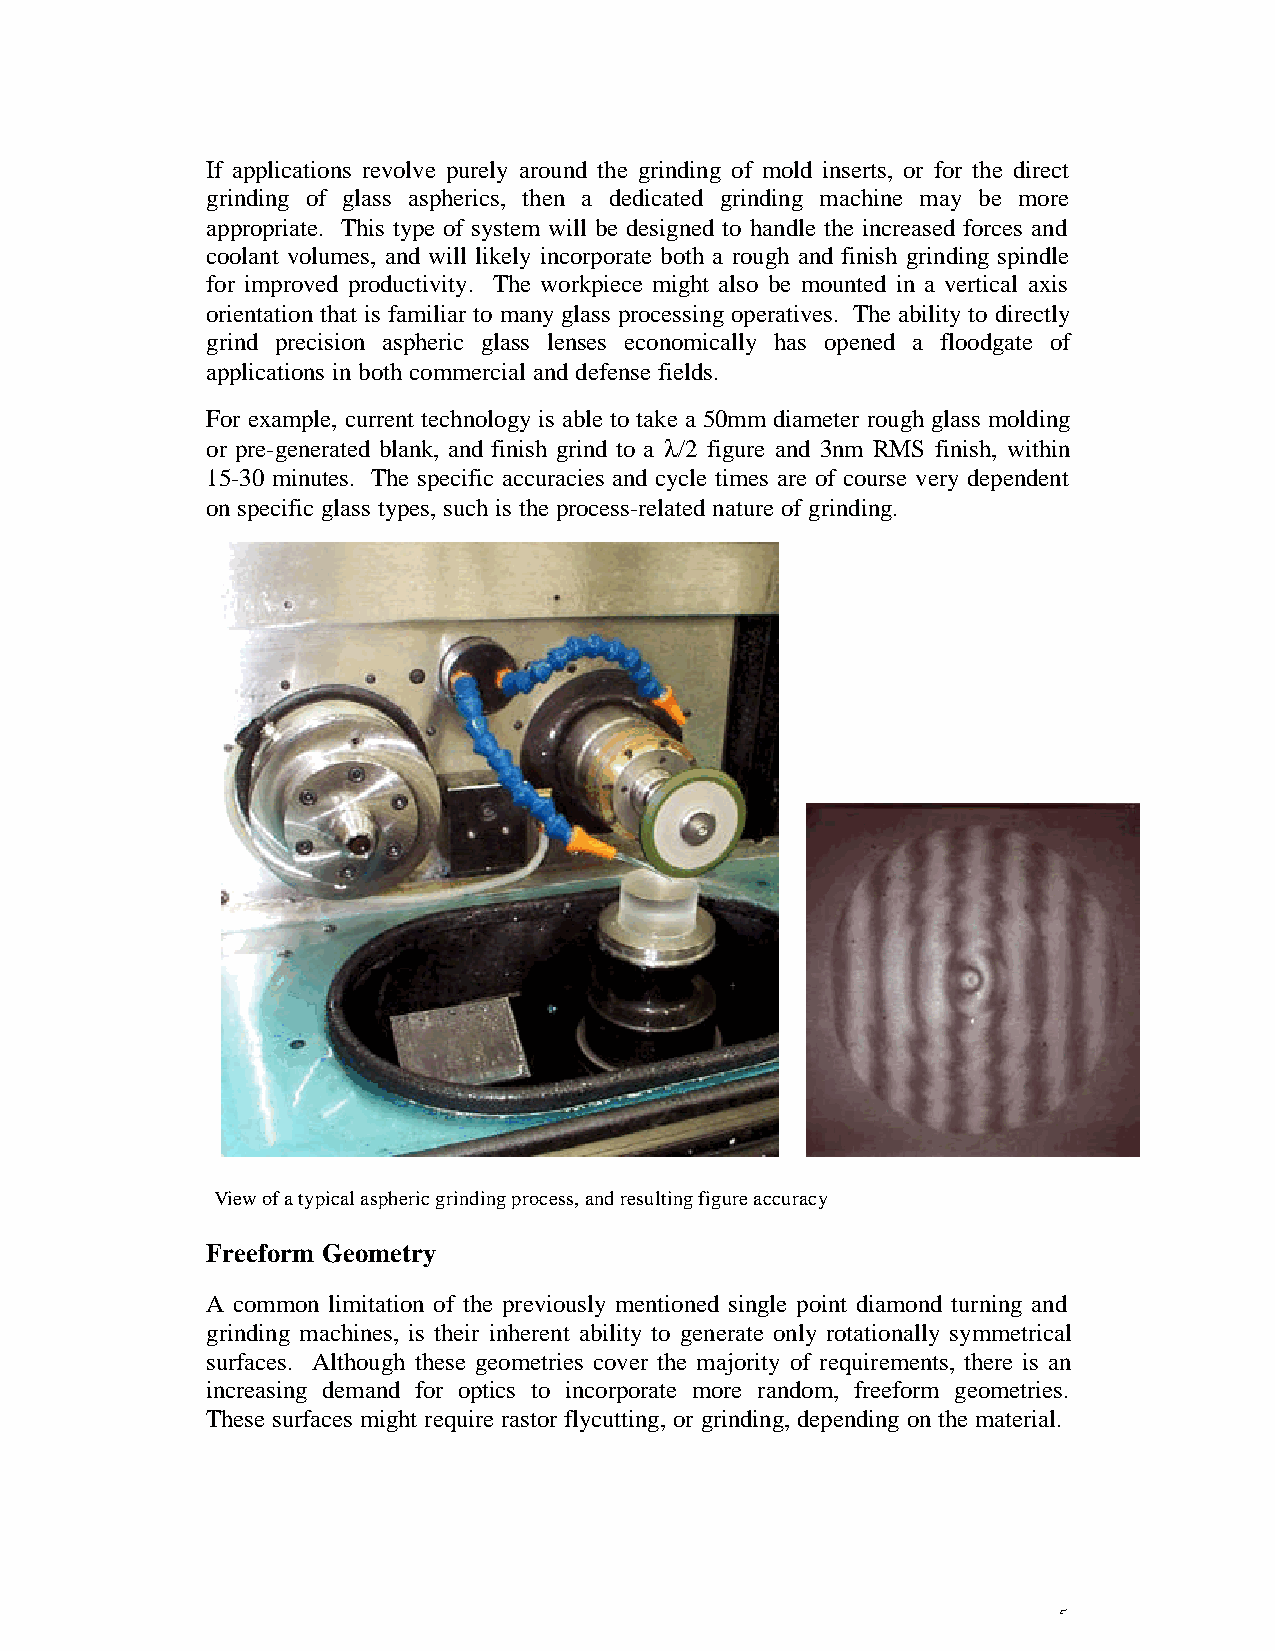
If applications revolve purely around the grinding of mold inserts, or for the direct
 grinding of glass aspherics, then a dedicated grinding machine may be more
 appropriate. This type of system will be designed to handle the increased forces and
 coolant volumes, and will likely incorporate both a rough and finish grinding spindle
 for improved productivity. The workpiece might also be mounted in a vertical axis
 orientation that is familiar to many glass processing operatives. The ability to directly
 grind precision aspheric glass lenses economically has opened a floodgate of
 applications in both commercial and defense fields.
 For example, current technology is able to take a 50mm diameter rough glass molding
 or pre-generated blank, and finish grind to a l /2 figure and 3nm RMS finish, within
 15-30 minutes. The specific accuracies and cycle times are of course very dependent
 on specific glass types, such is the process-related nature of grinding.
 View of a typical aspheric grinding process, and resulting figure accuracy
 Freeform Geometry
 A common limitation of the previously mentioned single point diamond turning and
 grinding machines, is their inherent ability to generate only rotationally symmetrical
 surfaces. Although these geometries cover the majority of requirements, there is an
 increasing demand for optics to incorporate more random, freeform geometries.
 These surfaces might require rastor flycutting, or grinding, depending on the material.
 5